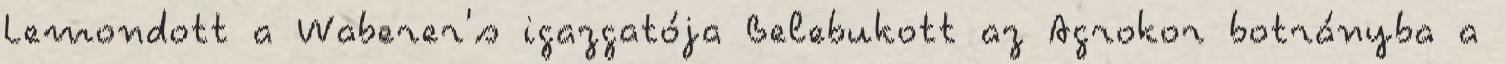
Lemondott a Waberer's igazgatója Belebukott az Agrokor botrányba a